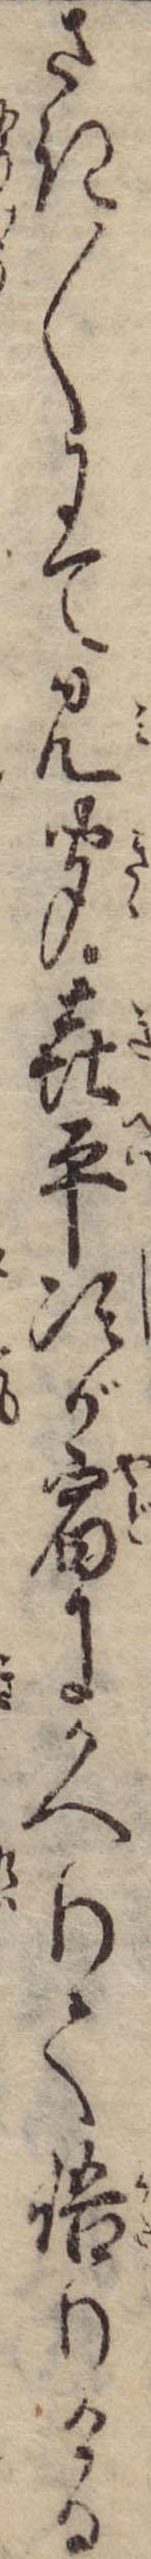
さき〱にて見聞㐂平次が宿にかへりて語りける